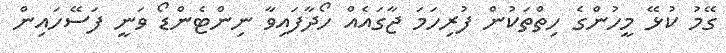
ގޭމު ކުޅޭ މީހުންގެ ހިތްތަކުން ފުރިހަމަ ޖާގައެއް ހޯދާފައިވާ ނިންޓެންޑޯ ވަނީ ފަސޭހައިން